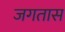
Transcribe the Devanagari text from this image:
जगतास